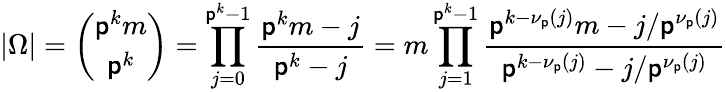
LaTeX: |\Omega|={\binom{\mathsf{p}^{k}m}{\mathsf{p}^{k}}}=\prod_{j=0}^{\mathsf{p}^{k}-1}{\frac{{\mathsf{p}^{k}m-j}}{{\mathsf{p}^{k}-j}}}=m\prod_{j=1}^{\mathsf{p}^{k}-1}{\frac{{\mathsf{p}^{k-\nu_{\mathsf{p}}(j)}m-j/\mathsf{p}^{\nu_{\mathsf{p}}(j)}}}{{\mathsf{p}^{k-\nu_{\mathsf{p}}(j)}-j/\mathsf{p}^{\nu_{\mathsf{p}}(j)}}}}